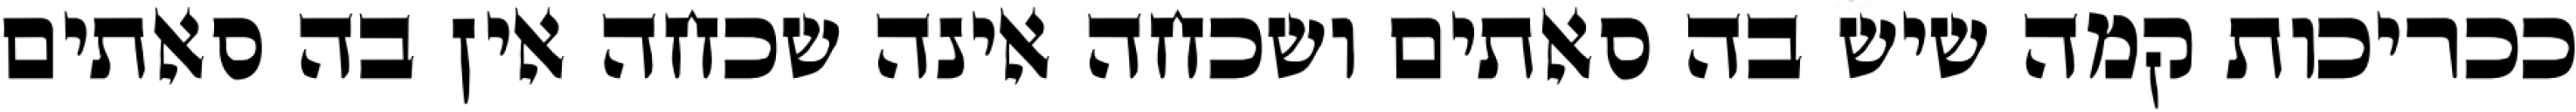
ככריכות קמה שיש בה סאתים ושכחה אינה שכחה אין בה סאתים